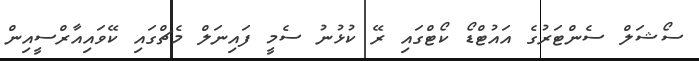
ސޯޝަލް ސެންޓަރުގެ އައުޓްޑޯ ކޯޓްގައި ރޭ ކުޅުނު ސެމީ ފައިނަލް މެޗްގައި ކޭވައިއާރްސީއިން